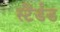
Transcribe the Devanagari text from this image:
स्टैंर्डड